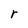
Character: r